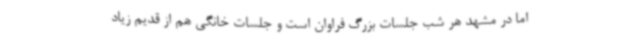
اما در مشهد هر شب جلسات بزرگ فراوان است و جلسات خانگی هم از قدیم زیاد